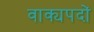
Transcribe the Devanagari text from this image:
वाक्यपदों